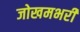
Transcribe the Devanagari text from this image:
जोखमभरी